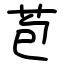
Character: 苞